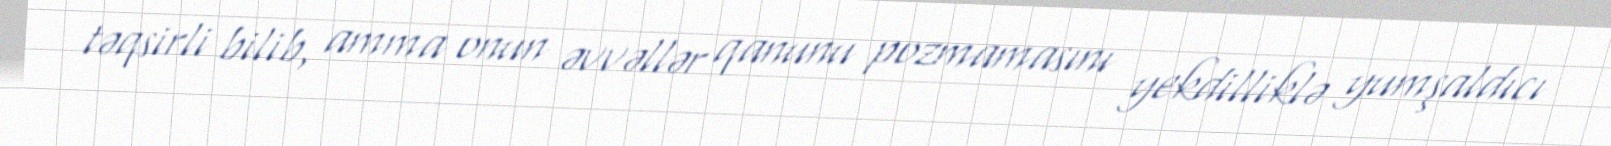
təqsirli bilib, amma onun əvvəllər qanunu pozmamasını yekdilliklə yumşaldıcı